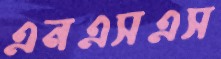
এনএসএস